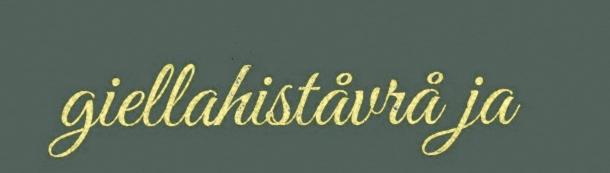
giellahiståvrå ja